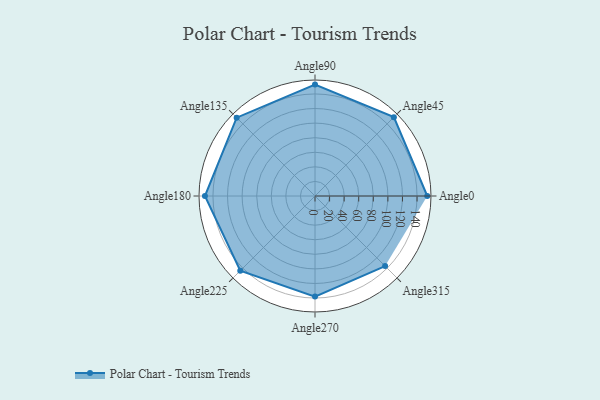
{"axis": {"x": "Angle", "y": "Radius"}, "legend": [""], "data": [{"x": "Angle0", "y": 154.0, "type": ""}, {"x": "Angle45", "y": 153.0, "type": ""}, {"x": "Angle90", "y": 153.0, "type": ""}, {"x": "Angle135", "y": 152.0, "type": ""}, {"x": "Angle180", "y": 151.0, "type": ""}, {"x": "Angle225", "y": 145.0, "type": ""}, {"x": "Angle270", "y": 138.0, "type": ""}, {"x": "Angle315", "y": 136.0, "type": ""}]}